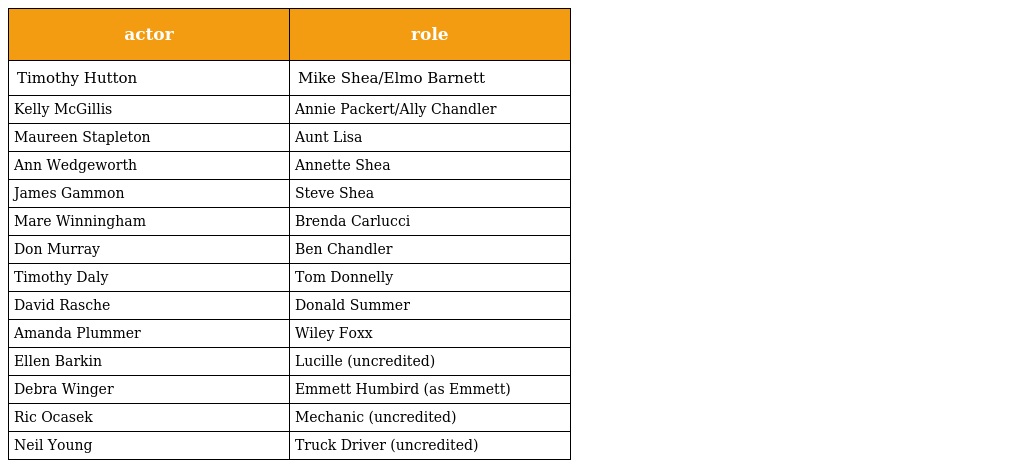
| actor | role |
 | --- | --- |
 | Timothy Hutton | Mike Shea/Elmo Barnett |
 | Kelly McGillis | Annie Packert/Ally Chandler |
 | Maureen Stapleton | Aunt Lisa |
 | Ann Wedgeworth | Annette Shea |
 | James Gammon | Steve Shea |
 | Mare Winningham | Brenda Carlucci |
 | Don Murray | Ben Chandler |
 | Timothy Daly | Tom Donnelly |
 | David Rasche | Donald Summer |
 | Amanda Plummer | Wiley Foxx |
 | Ellen Barkin | Lucille (uncredited) |
 | Debra Winger | Emmett Humbird (as Emmett) |
 | Ric Ocasek | Mechanic (uncredited) |
 | Neil Young | Truck Driver (uncredited) |